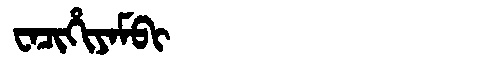
Manchu: ᠸᠠᠴᡳᡥᡳᠶᠠᠮᠪᡳ
Romanization: WACIHIYAMBI